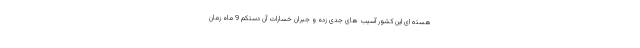
هسته ای این کشور آسیب های جدی زده و جبران خسارات آن دستکم 9 ماه زمان